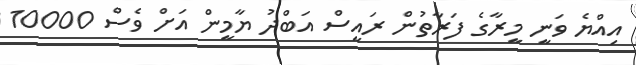
އިއްޔެ ވަނީ މީރާގެ ފަރާތުން ރައީސް އަބްދު ޔާމީން އަށް ވެސް 10000